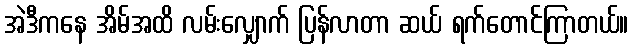
အဲဒီကနေ အိမ်အထိ လမ်းလျှောက် ပြန်လာတာ ဆယ် ရက်တောင်ကြာတယ်။